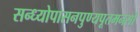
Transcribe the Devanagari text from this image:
सन्ध्योपासनपुण्यपूतमनसो